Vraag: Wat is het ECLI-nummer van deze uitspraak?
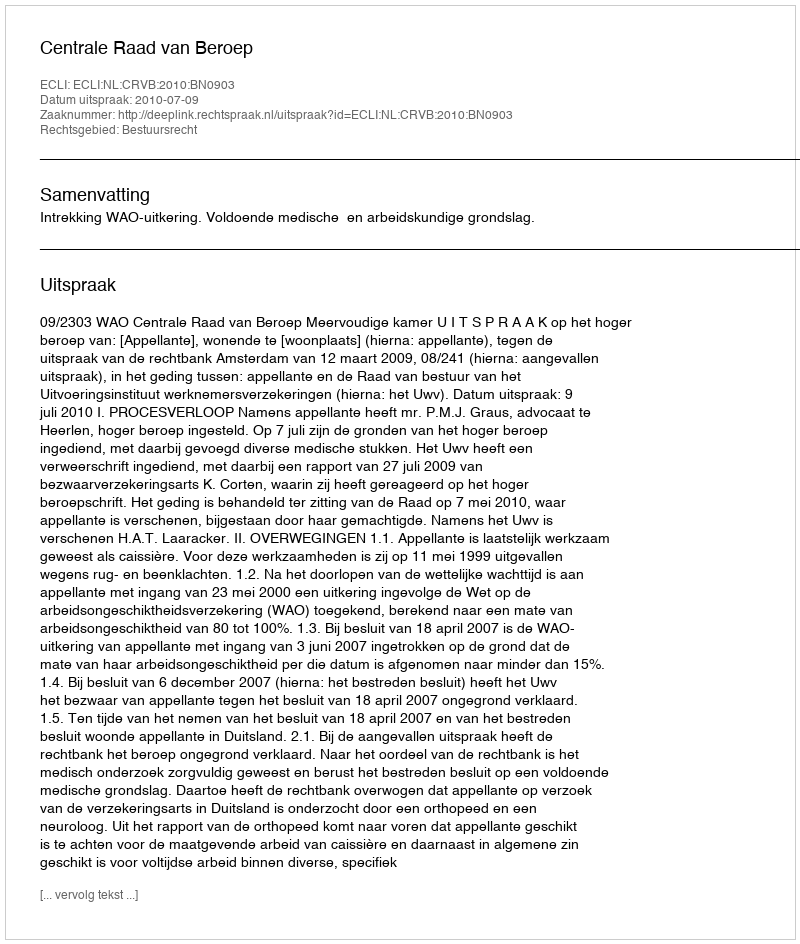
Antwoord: ECLI:NL:CRVB:2010:BN0903